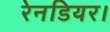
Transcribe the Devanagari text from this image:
रेनडियर।